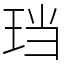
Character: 珰